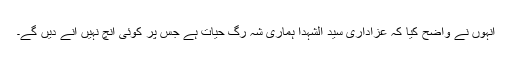
انہوں نے واضح کیا کہ عزاداری سید الشہدا ہماری شہ رگ حیات ہے جس پر کوئی آنچ نہیں آنے دیں گے۔